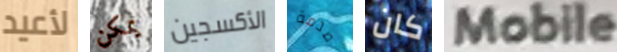
لأعيد يمكن الأكسجين صدمة كان Mobile